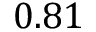
0 . 8 1